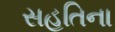
સહતિના